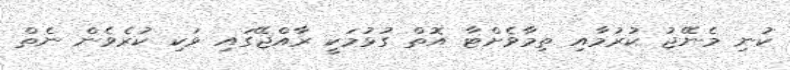
ކުނި މެނޭޖު ކުރުމާއި ތިމާވެށްޓާ އޮތް ގުޅުމަކީ ރާއްޖޭގައި ވަކި ކުރެވެން ނެތް